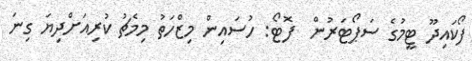
ފޯކައިދޫ ޓީމުގެ ސަޕޯޓަރުން  ފޮޓޯ: ހުސައިން މިޒްހަތު މިމެޗު ކުރިއަށްދިޔަ ގިނަ